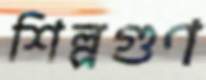
শিল্পগুণ